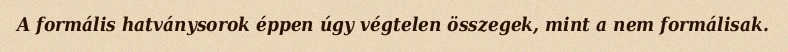
A formális hatványsorok éppen úgy végtelen összegek, mint a nem formálisak.